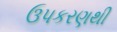
ઉપકરણથી